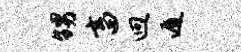
甥畜迥遁